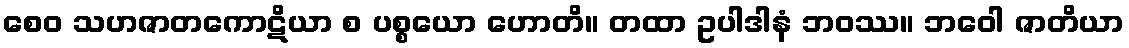
စေဝ သဟဇာတကောဋိယာ စ ပစ္စယော ဟောတိ။ တထာ ဥပါဒါနံ ဘဝဿ။ ဘဝေါ ဇာတိယာ